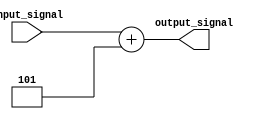
module GenerateFunction(input [7:0] input_signal,
                       output reg [7:0] output_signal);

  // Define predefined mathematical function or algorithm
  always @*
  begin
    // Example mathematical function: output_signal = input_signal + 5
    output_signal = input_signal + 5;
  end

endmodule